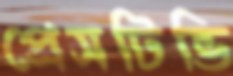
প্রেসটিভি